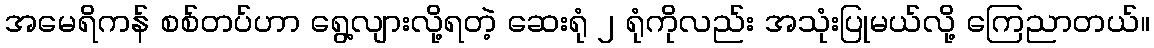
အမေရိကန် စစ်တပ်ဟာ ရွေ့လျားလို့ရတဲ့ ဆေးရုံ ၂ ရုံကိုလည်း အသုံးပြုမယ်လို့ ကြေညာတယ်။